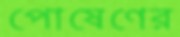
পোষেণের